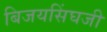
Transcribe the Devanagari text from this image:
बिजयसिंघजी